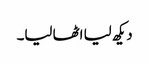
دیکھ لیا اٹھا لیا۔